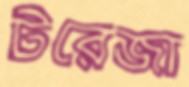
টরেজা